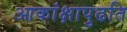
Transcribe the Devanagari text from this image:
आकांक्षापुढति